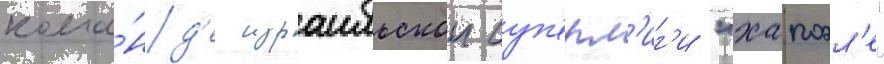
кома́нд'е израильскои суп'ерл'иг'и "хапоэл'е"